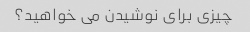
چیزی برای نوشیدن می خواهید؟